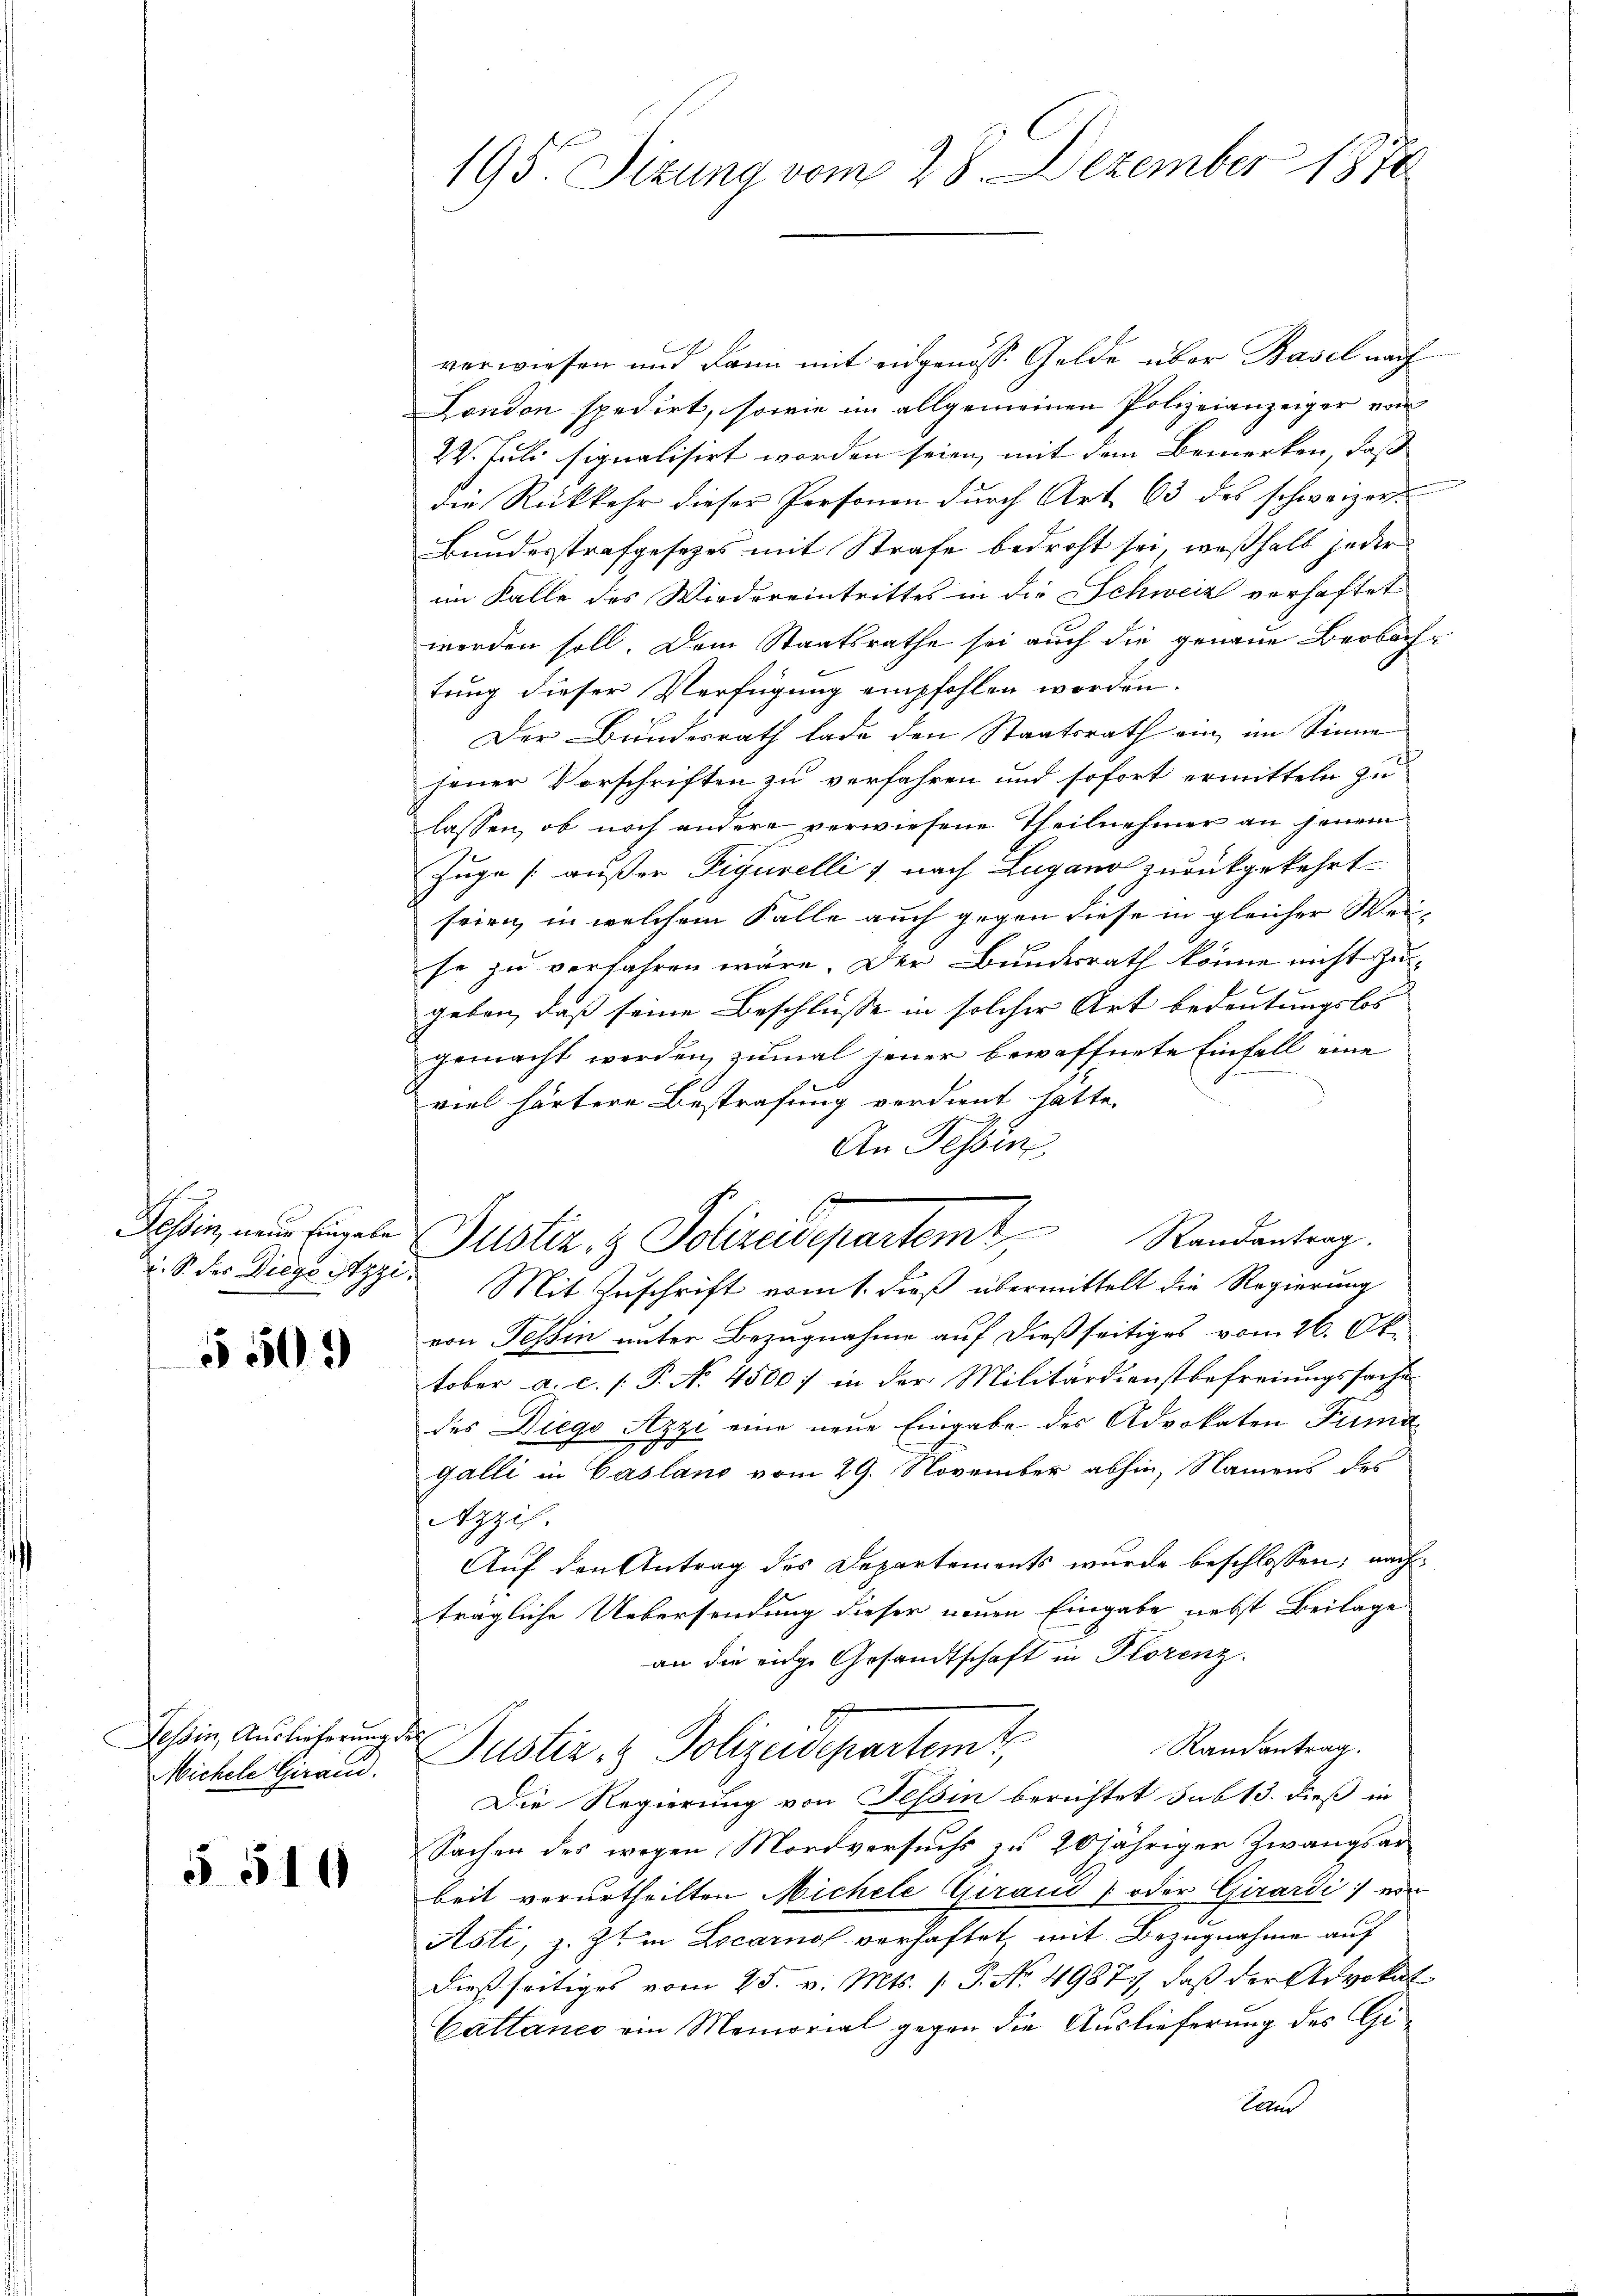
2

5509

Tessin, Auslieferung der
Michele Grand.

§ 510

195. Sizung vom 28. Dezember 1872

verwiesen und dann mit eidgenosse Gelde über Basel nach
London spedirt, sowie im allgemeinen Polizeianzeiger von
24. Juli signalisirt worden seien, mit dem Bemerken, daß
die Rückkehr dieser Personen durch Art 63 des schweizer
Bundesstrafgesetzes mit Strafe bedroht sei, weßhalb jeder
im Falle des Wiedereintrittes in die Schweiz verhaftet
werden soll. Dem Staatsrathe sei auch die genaue Beobachtung dieser Verfügung empfohlen worden.
Der Bundesrath lade den Staatsrath ein im Sinne
jener Vorschriften zu verfahren und sofort ermitteln zu
lassen, ob noch andere verwiesene Theilnehmer an jenem
Zuge außer Figurellis nach Lugano zurückgekehrt
seien, in welchem Falle auch gegen diese in gleicher Weise zu verfahren wäre. Der Bundesrath könne nicht zugeben, daß seine Beschlüsse in solcher Art bedeutungslos
gemacht werden, zumal jener bewaffnete Einfall eine
viel härtere Bestrafung verdient hatte.
An Tessin
s
Tessin, neue Eingele Justiz- & Polizeidepartem Randantrag.
i. S. des Diegsstzzi. Mit Zuschrift vom t. dieß übermittelt die Regierung
von Tessin unter Bezugnahme auf dießseitiges vom 26. Ok
tober a. c. /: P. No 4500. in der Militärdienstbefreiungssache
des Diego Azzi eine neue Eingabe des Advokaten Fund
3
galli in Casland vom 29. November abhin, Namens des
Azzif.
Auf den Antrag des Departements wurde beschlossen; nachträgliche Uebersendung dieser neuen Eingabe nebst Beilage
an die eidg. Gesandtschaft in Florenz.
Randantrag
Justiz- & Polizeidepartemt,
Die Regierung von Tessin berichtet sub 13. dieß in
Sachen des wegen Mordversuchs zu 20jähriger Zwangsarbeit verurtheilten Michele Giraud (oder Girardi, von
Asti, z. Zt. in Locarnof verhaftet, mit Bezugnahme auf
dießseitiges vom 25. v. Mts. 1. P. No. 49871, daß der Advokat
Catlanes ein Memorial gegen die Auslieferung des Ge¬
Land